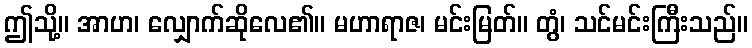
ဤသို့။ အာဟ၊ လျှောက်ဆိုလေ၏။ မဟာရာဇ၊ မင်းမြတ်။ တွံ၊ သင်မင်းကြီးသည်။